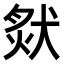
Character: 𤟙